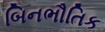
બિનભૌતિક